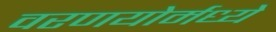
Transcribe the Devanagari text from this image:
वरणयोर्मध्ये